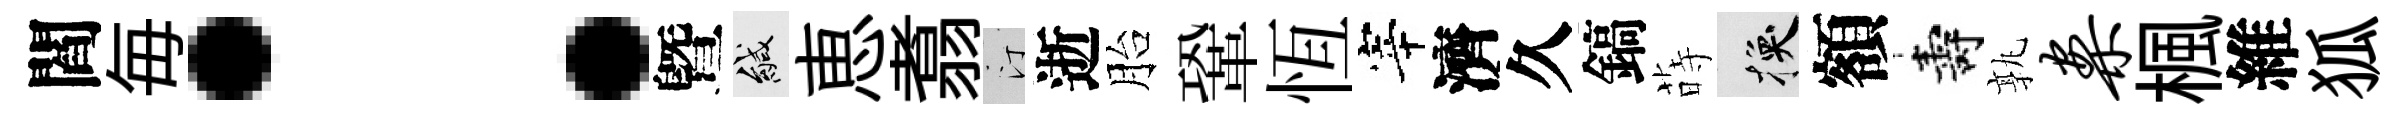
閻毎：曁緘恵翥汀逝胎鞏恆宰濟久鎬蒔换額壽孰案楓維狐